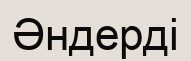
Әндерді